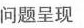
问题呈现